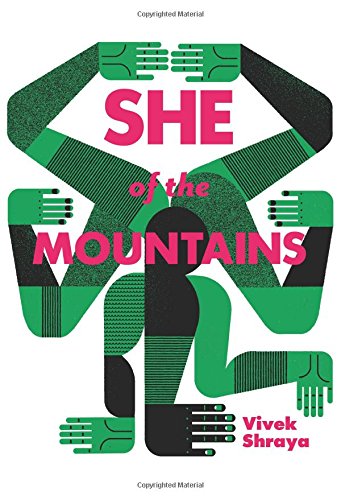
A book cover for She of the Mountains; Vivek Shraya; Literature & Fiction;